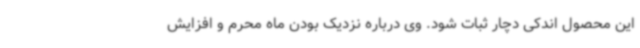
این محصول اندکی دچار ثبات شود. وی درباره نزدیک بودن ماه محرم و افزایش